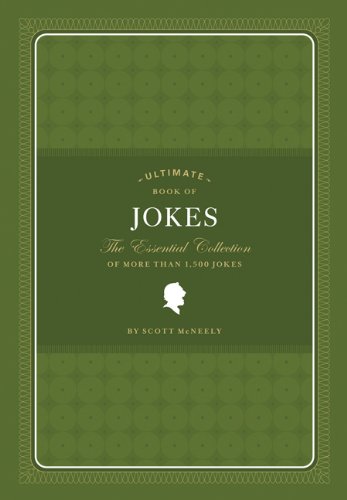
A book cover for Ultimate Book of Jokes: The Essential Collection of More Than 1,500 Jokes; Scott McNeely; Humor & Entertainment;